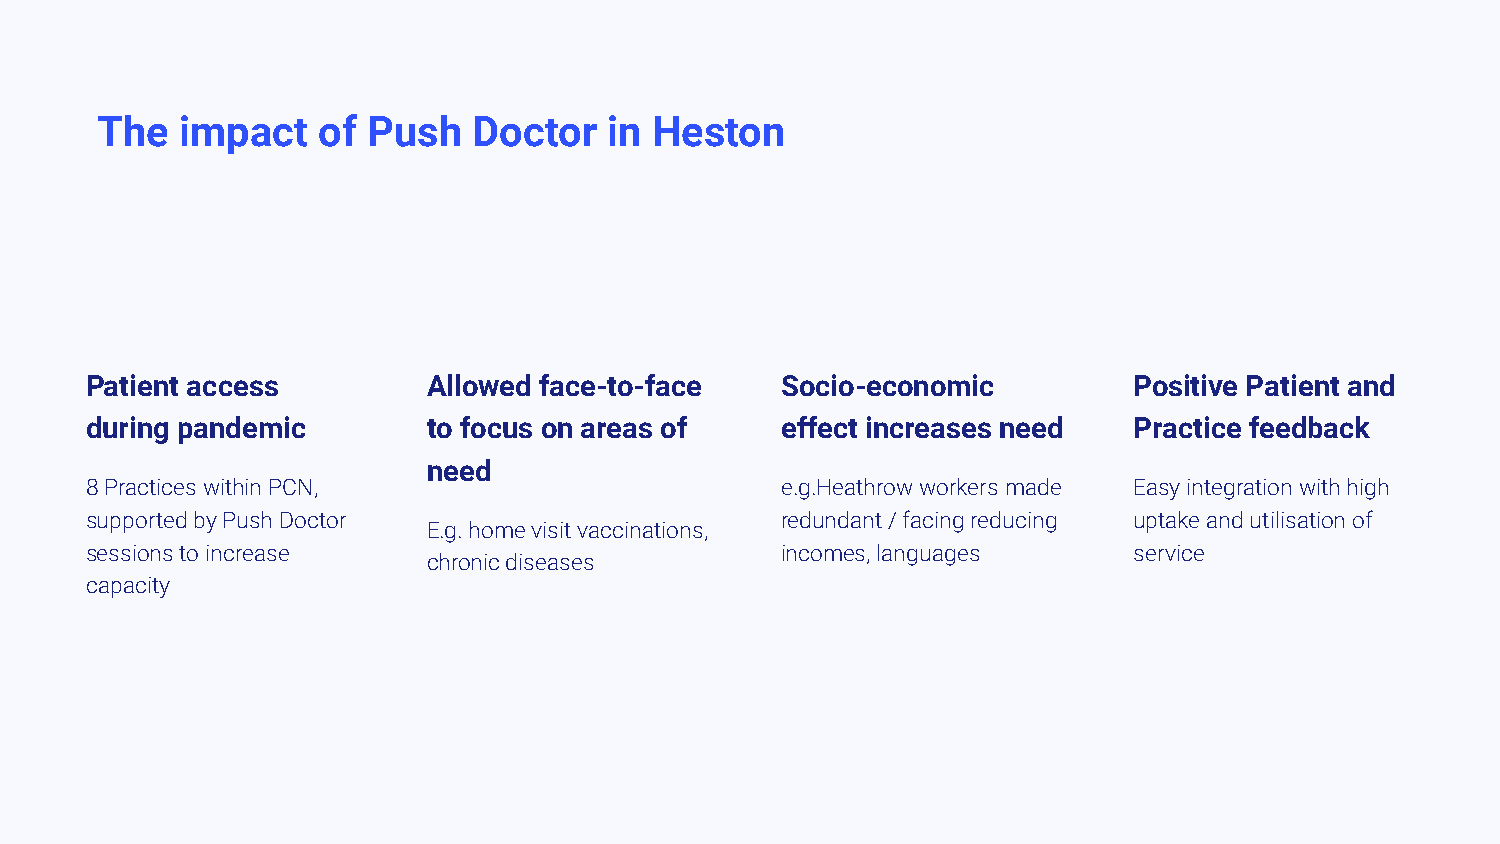
The   impact   of Push   Doctor   in Heston
 Patient access        Allowed face-to-face    Socio-economic         Positive Patient and
 during pandemic       to focus on areas of    effect increases need  Practice feedback
 need
 8 Practices within PCN,                       e.g.Heathrow workers made Easy integration with high
 supported by Push Doctor                      redundant / facing reducing uptake and utilisation of
 E.g. home visit vaccinations,
 sessions to increase                          incomes, languages     service
 chronic diseases
 capacity